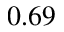
0 . 6 9